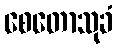
စေတောသုခံ